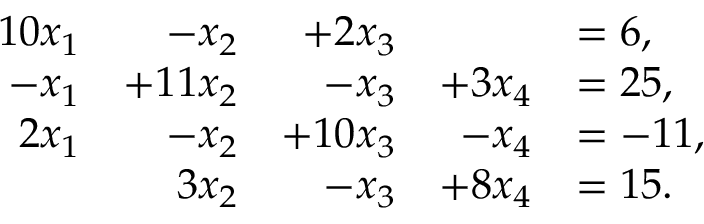
{ \begin{array} { r r r r l } { 1 0 x _ { 1 } } & { - x _ { 2 } } & { + 2 x _ { 3 } } & & { = 6 , } \\ { - x _ { 1 } } & { + 1 1 x _ { 2 } } & { - x _ { 3 } } & { + 3 x _ { 4 } } & { = 2 5 , } \\ { 2 x _ { 1 } } & { - x _ { 2 } } & { + 1 0 x _ { 3 } } & { - x _ { 4 } } & { = - 1 1 , } \\ & { 3 x _ { 2 } } & { - x _ { 3 } } & { + 8 x _ { 4 } } & { = 1 5 . } \end{array} }